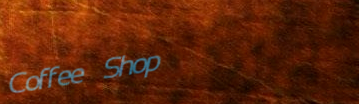
Coffee Shop